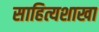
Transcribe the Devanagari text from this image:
साहित्यशाखा